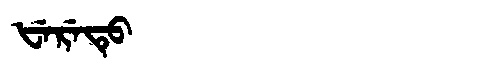
Manchu: ᡶᡝᡵᡝᡨᡠ
Romanization: FERETU